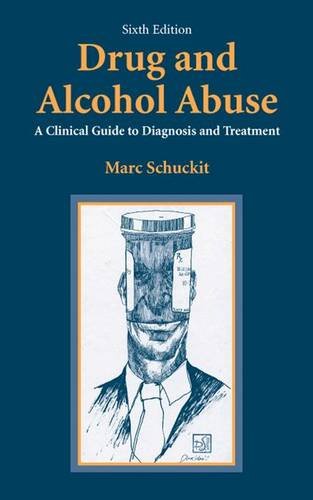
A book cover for Drug and Alcohol Abuse: A Clinical Guide to Diagnosis and Treatment; Marc A. Schuckit; Medical Books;